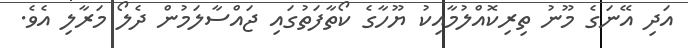
އަދި އޭނަގެ މޫނު ތިރިކޮއްލުމާއިކު ޔޫހާގެ ކޯތާފަތުގައި ޖައްސާލަމުން ދެލޯ މަރާލި އެވެ.